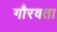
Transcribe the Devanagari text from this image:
गौरवता